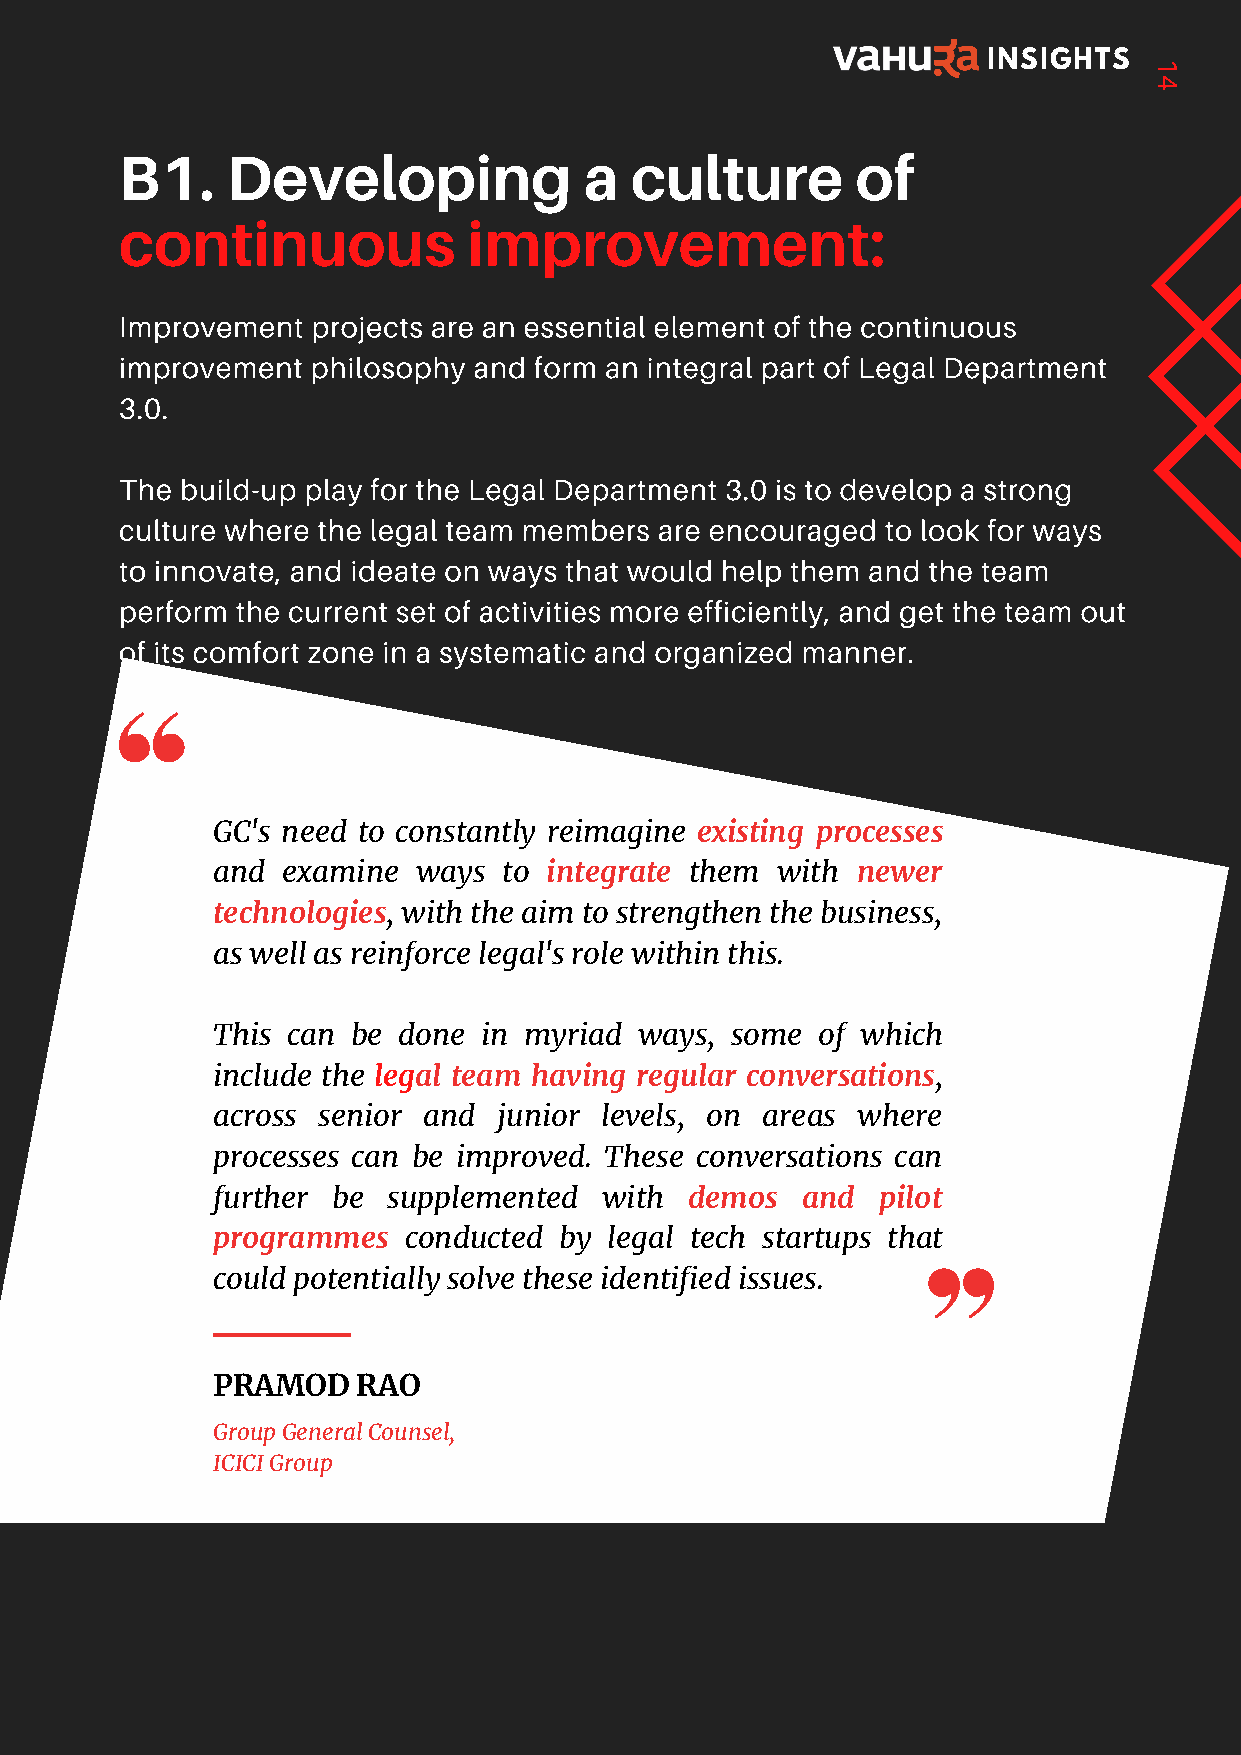
INSIGHTS
 1
 4
 B1.    Developing              a  culture        of
 continuous             improvement:
 Improvement  projects are an essential element of the continuous
 improvement  philosophy and form an integral part of Legal Department
 3.0.
 The build-up play for the Legal Department 3.0 is to develop a strong
 culture where the legal team members are encouraged to look for ways
 to innovate, and ideate on ways that would help them and the team
 perform the current set of activities more efficiently, and get the team out
 of its comfort zone in a systematic and organized manner.
 GC's need to constantly reimagine existing processes
 and  examine  ways to integrate them with  newer
 technologies, with the aim to strengthen the business,
 as well as reinforce legal's role within this.
 This can be done  in myriad ways, some  of which
 include the legal team having regular conversations,
 across senior and  junior levels, on areas where
 processes can be improved. These conversations can
 further be  supplemented  with  demos  and  pilot
 programmes   conducted by legal tech startups that
 could potentially solve these identified issues.
 PRAMOD    RAO
 Group General Counsel,
 ICICI Group